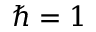
\hbar = 1